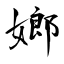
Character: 嫏